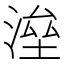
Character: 𣸫